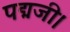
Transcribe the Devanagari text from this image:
पद्मजी।